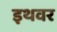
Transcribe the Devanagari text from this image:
इथवर